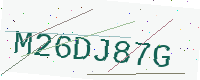
Text: M26DJ87G